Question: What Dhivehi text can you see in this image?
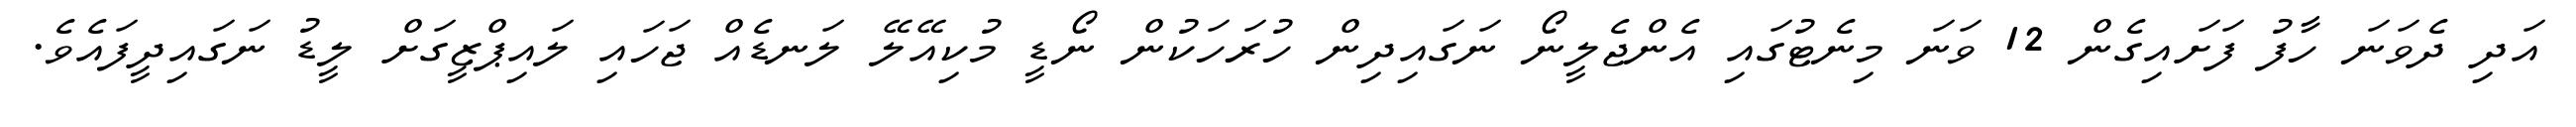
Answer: އަދި ދެވަނަ ހާފު ފަށައިގެން 12 ވަނަ މިނެޓުގައި އެންޖެލީނޯ ނަގައިދިން ހުރަހަކުން ނޯޑީ މުކިއޭލޭ ލަނޑެއް ޖަހައި ލައިޕްޒީގަށް ލީޑު ނަގައިދީފައެވެ.